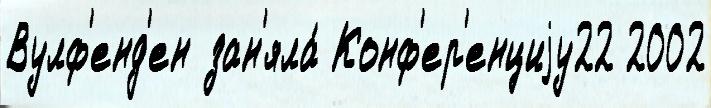
Вулф'енд'ен зан'яла́ Конф'ер'енциjу22 2002